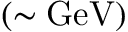
\mathrm { ( \sim G e V ) }